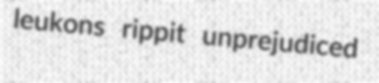
leukons rippit unprejudiced